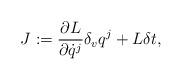
LaTeX: \begin{align*}{J}:=\frac{\partial {L}} {\partial \dot q^j}\delta_v q^j+{L}\delta t,\end{align*}